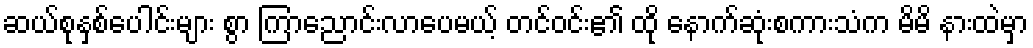
ဆယ်စုနှစ်ပေါင်းများ စွာ ကြာညောင်းလာပေမယ့် တင်ဝင်း၏ ထို နောက်ဆုံးစကားသံက မိမိ နားထဲမှာ